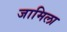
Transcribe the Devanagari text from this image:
जामिला